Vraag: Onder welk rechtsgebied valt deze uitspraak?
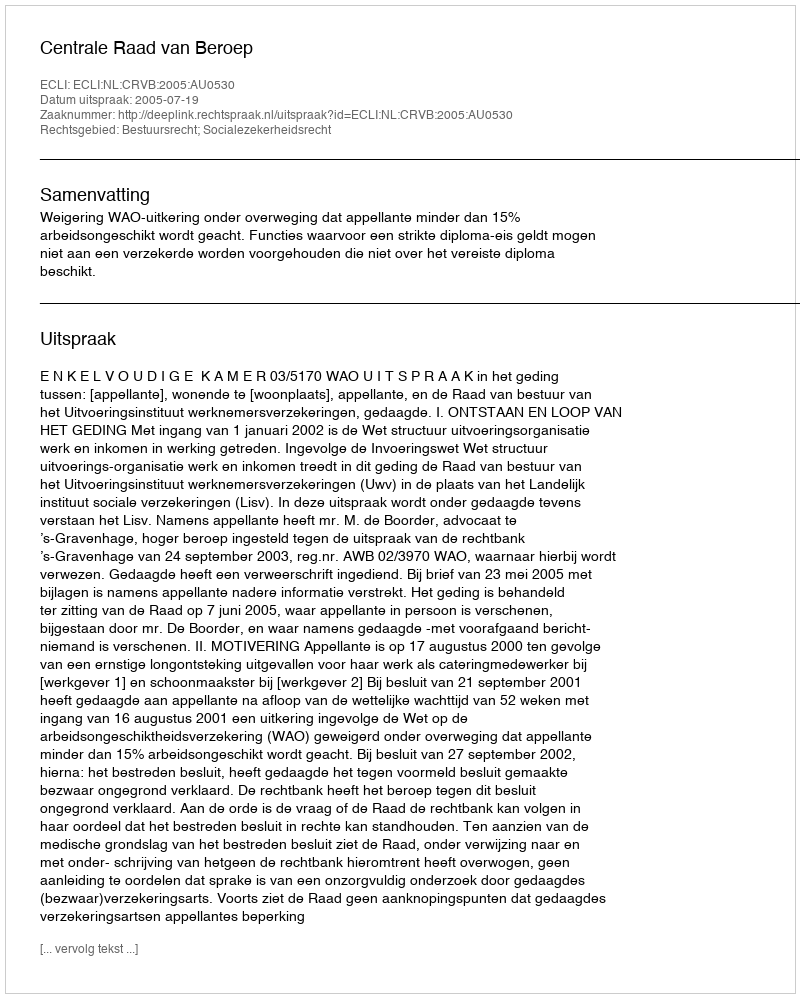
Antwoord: Bestuursrecht; Socialezekerheidsrecht